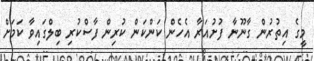
މީގެ އިތުރުން ގާނޫނާ ފުށުއަރާ އެހެން ކަންކަން ކުރިން ފާސްކުރި ބިލްގައިވާ ކަމަށް